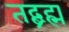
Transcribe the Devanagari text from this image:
तद्ब्रह्म